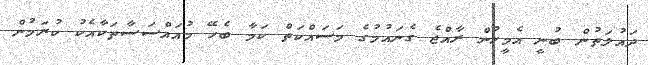
ދައުލަތުން ބުނީ އެމީހުން ރާއްޖެ ގެނައުމުގެ މަސައްކަތް ކަމާ ބެހޭ މުއައްސަސާތަކާއެކު ކުރަމުން